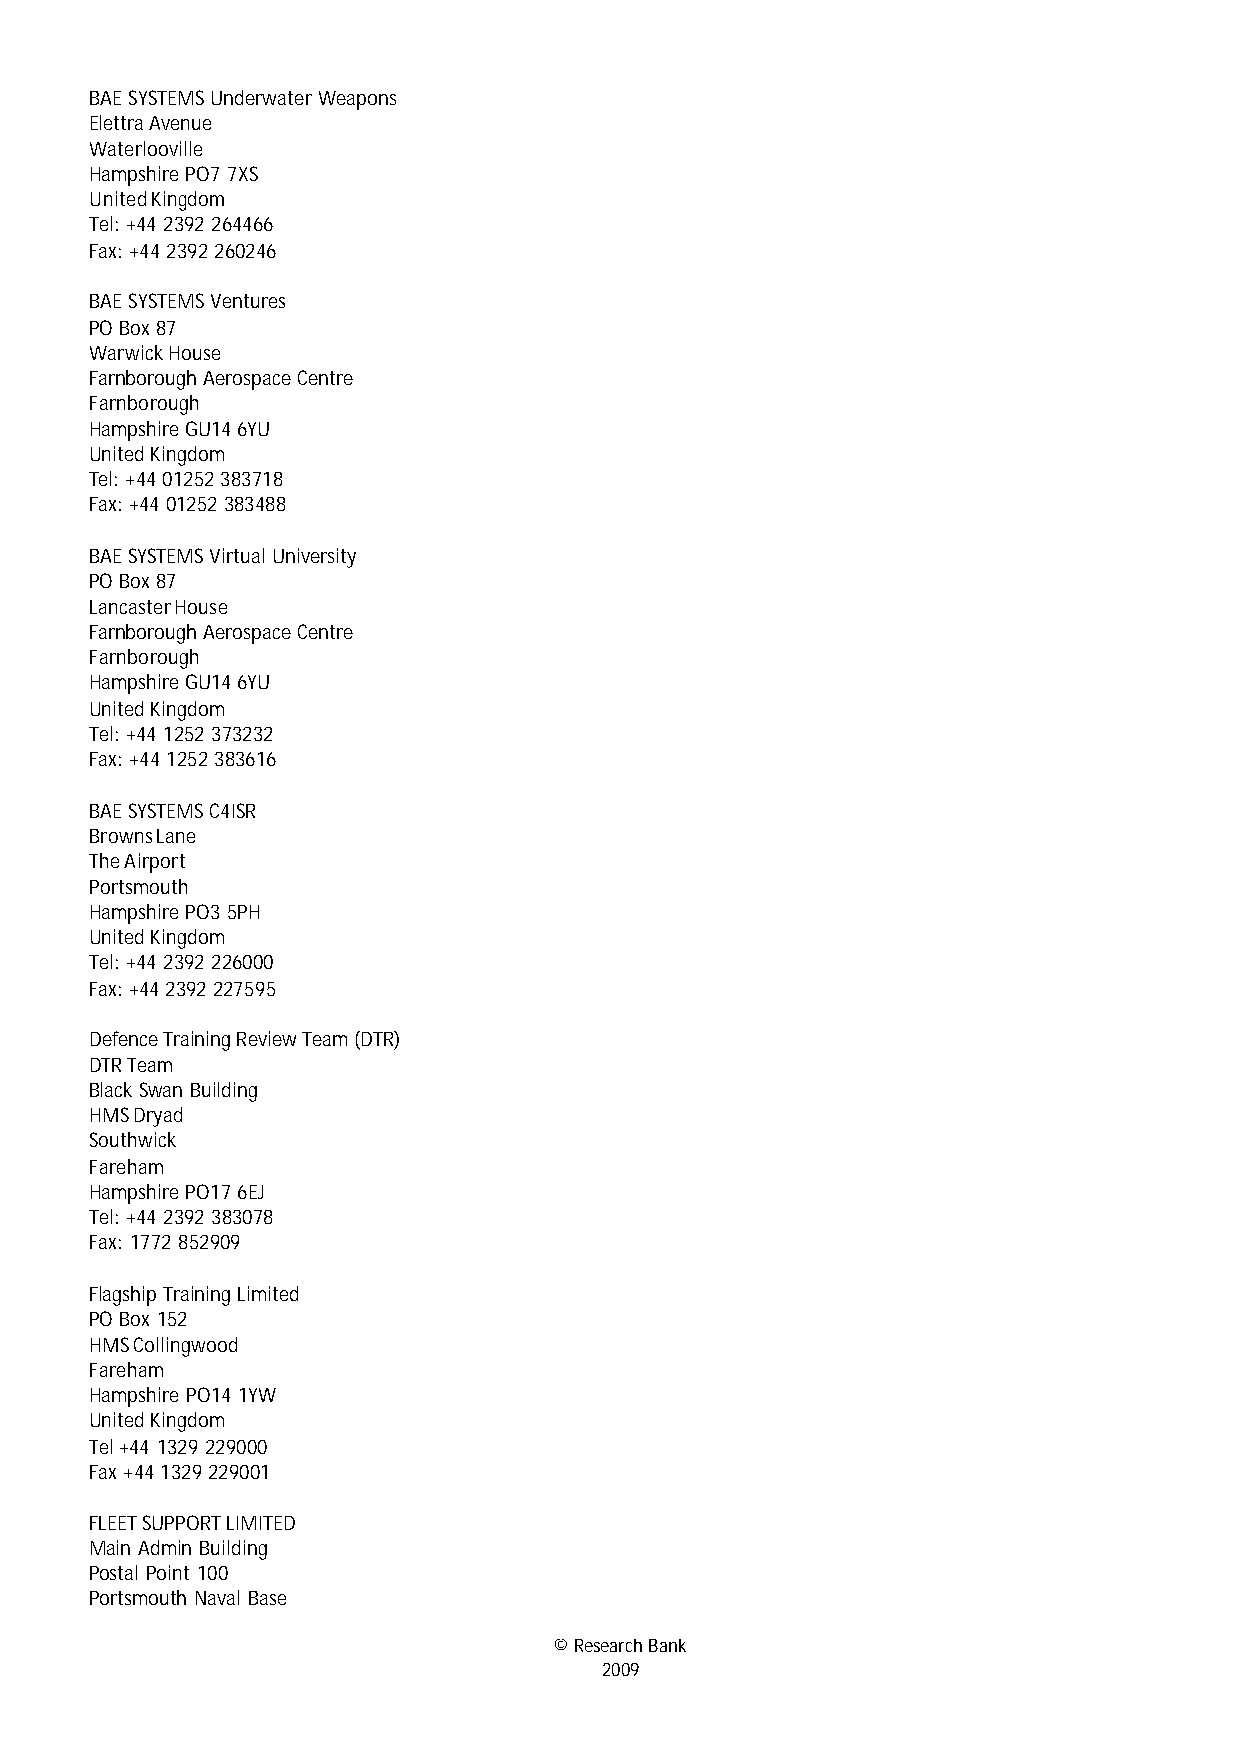
BAE SYSTEMS Underwater Weapons
 Elettra Avenue
 Waterlooville
 Hampshire PO7 7XS
 United Kingdom
 Tel: +44 2392 264466
 Fax: +44 2392 260246
 BAE SYSTEMS Ventures
 PO Box 87
 Warwick House
 Farnborough Aerospace Centre
 Farnborough
 Hampshire GU14 6YU
 United Kingdom
 Tel: +44 01252 383718
 Fax: +44 01252 383488
 BAE SYSTEMS Virtual University
 PO Box 87
 Lancaster House
 Farnborough Aerospace Centre
 Farnborough
 Hampshire GU14 6YU
 United Kingdom
 Tel: +44 1252 373232
 Fax: +44 1252 383616
 BAE SYSTEMS C4ISR
 Browns Lane
 The Airport
 Portsmouth
 Hampshire PO3 5PH
 United Kingdom
 Tel: +44 2392 226000
 Fax: +44 2392 227595
 Defence Training Review Team (DTR)
 DTR Team
 Black Swan Building
 HMS Dryad
 Southwick
 Fareham
 Hampshire PO17 6EJ
 Tel: +44 2392 383078
 Fax: 1772 852909
 Flagship Training Limited
 PO Box 152
 HMS Collingwood
 Fareham
 Hampshire PO14 1YW
 United Kingdom
 Tel +44 1329 229000
 Fax +44 1329 229001
 FLEET SUPPORT LIMITED
 Main Admin Building
 Postal Point 100
 Portsmouth Naval Base
 © Research Bank
 2009